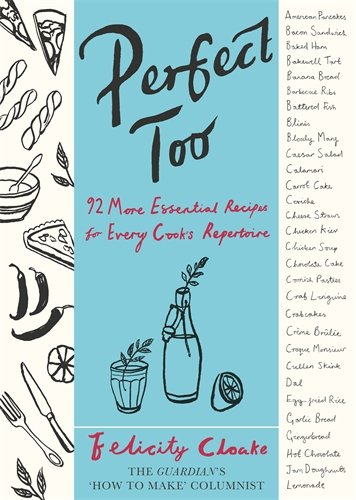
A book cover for Perfect Too: 91 More Essential Recipes For Every Cook's Repertoire; Felicity Cloake; Cookbooks, Food & Wine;